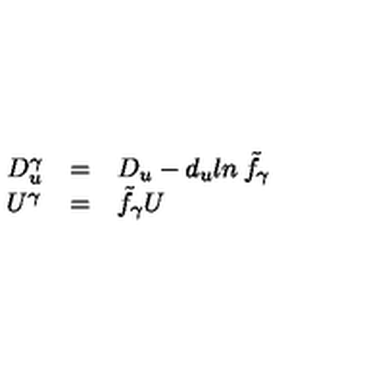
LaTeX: \begin{array} { l l l } { D _ { u } ^ { \gamma } } & { = } & { D _ { u } - d _ { u } l n \: { \tilde { f } } _ { \gamma } } \\ { U ^ { \gamma } } & { = } & { { \tilde { f } } _ { \gamma } U } \\ \end{array}